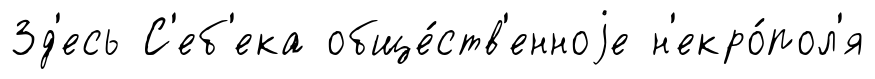
Зд'есь С'еб'ека обще́ств'енноjе н'екро́пол'я